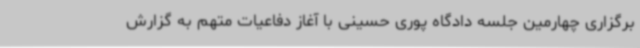
برگزاری چهارمین جلسه دادگاه پوری حسینی با آغاز دفاعیات متهم به گزارش